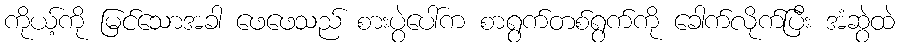
ကိုယ့်ကို မြင်သောအခါ ဖေဖေသည် စားပွဲပေါ်က စာရွက်တစ်ရွက်ကို ခေါက်လိုက်ပြီး အံဆွဲထဲ